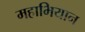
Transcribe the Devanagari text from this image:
महाभियान